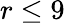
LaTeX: r\leq 9